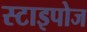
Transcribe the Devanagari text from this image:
स्टाइपोज